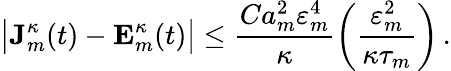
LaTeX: \bigl|\mathbf{J}_{m}^{\kappa}(t)-\mathbf{E}_{m}^{\kappa}(t)\bigr|\leq\frac{Ca_{m}^{2}\varepsilon_{m}^{4}}{\kappa}\biggl(\frac{\varepsilon_{m}^{2}}{\kappa\tau_{m}}\biggr)\, .